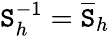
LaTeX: \mathtt{S}_{h}^{-1}=\overline{{{\mathtt{S}}}}_{h}